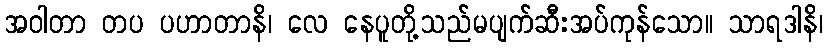
အဝါတာ တပ ပဟာတာနိ၊ လေ နေပူတို့သည်မပျက်ဆီးအပ်ကုန်သော။ သာရဒါနိ၊